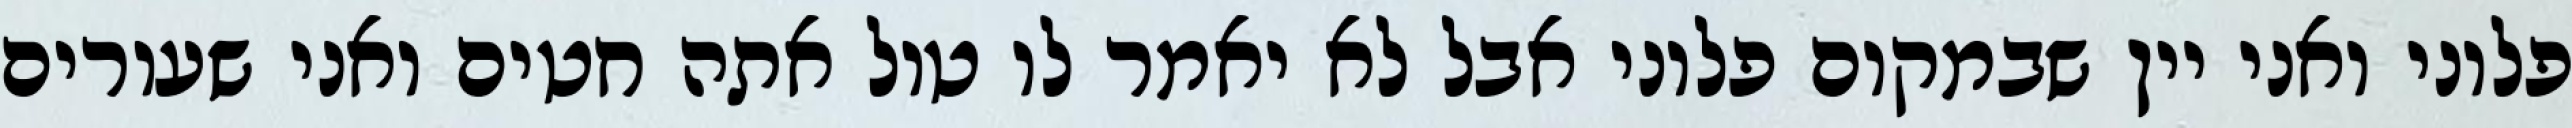
פלוני ואני יין שבמקום פלוני אבל לא יאמר לו טול אתה חטים ואני שעורים